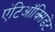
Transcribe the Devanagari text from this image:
एंटिऑक्सिडेंट